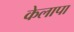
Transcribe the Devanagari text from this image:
केलापा